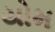
યોમ